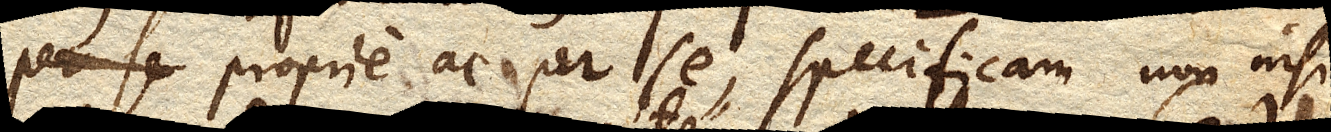
proprie ac per se, specificam non nisi